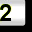
Digit: 2